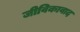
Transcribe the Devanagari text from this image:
जीविकावाद